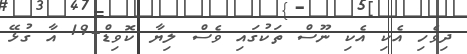
ދިވެހި އެކި އެކި ނޫސް ތަކުގައި ވެސް ލިޔާ ކޮވިޑް-19 އާ ގުޅޭ